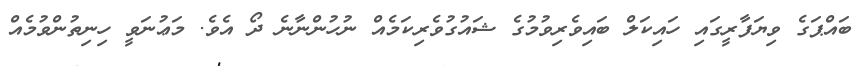
ބައްޕަގެ ވިޔަފާރީގައި ހައިކަލް ބައިވެރިވުމުގެ ޝައުގުވެރިކަމެއް ނުހުންނާނެ ދޯ އެވެ. މަޢުނަވީ ހިނިތުންވުމެއް